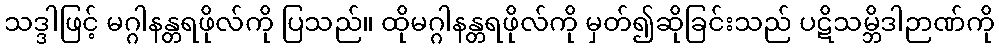
သဒ္ဒါဖြင့် မဂ္ဂါနန္တရဖိုလ်ကို ပြသည်။ ထိုမဂ္ဂါနန္တရဖိုလ်ကို မှတ်၍ဆိုခြင်းသည် ပဋိသမ္ဘိဒါဉာဏ်ကို